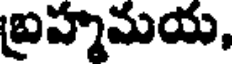
బ్రహ్మమయ,